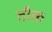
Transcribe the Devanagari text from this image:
तौक